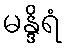
မန္ဒိရံ